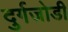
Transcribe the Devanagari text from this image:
दुर्गजोडी